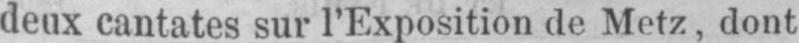
deux cantates sur l’Exposition de Metz, dont